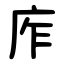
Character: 㡸